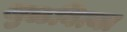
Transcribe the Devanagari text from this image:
जुळवित्या